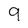
Character: 9